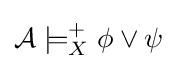
{\mathcal {A}}\models _{X}^{+}\phi \vee \psi